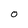
Character: O